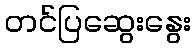
တင်ပြဆွေးနွေး